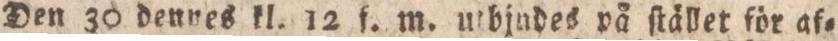
Den 30 dennes kl. 12 f. m. utbjudes på ſtället för af=